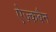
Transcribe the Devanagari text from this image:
ऐज़्कबैन